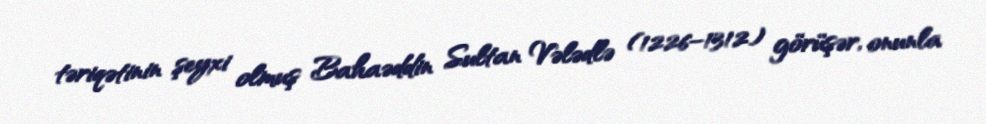
təriqətinin şeyxi olmuş Bahaəddin Sultan Vələdlə (1226–1312) görüşər, onunla